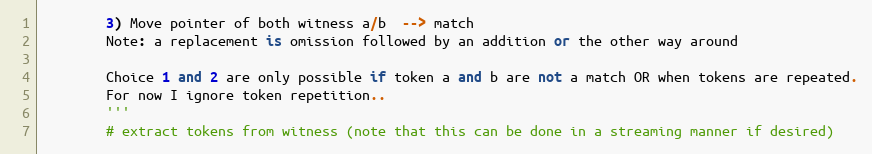
Language: Python
        3) Move pointer of both witness a/b  --> match
        Note: a replacement is omission followed by an addition or the other way around

        Choice 1 and 2 are only possible if token a and b are not a match OR when tokens are repeated.
        For now I ignore token repetition..
        '''
        # extract tokens from witness (note that this can be done in a streaming manner if desired)